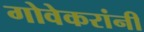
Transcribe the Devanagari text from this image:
गोवेकरांनी